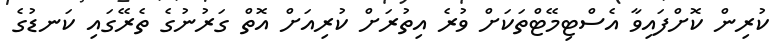
ކުރިން ކޮށްފައިވާ އެސްޓިމޭޓްތަކަށް ވުރެ އިތުރަށް ކުރިއަށް އޮތް ގަރުނުގެ ތެރޭގައި ކަނޑުގެ